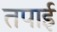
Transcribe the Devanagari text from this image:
तपाई